On the morphology, teratology, and diclinism of the flowers of cannabis - Number 12
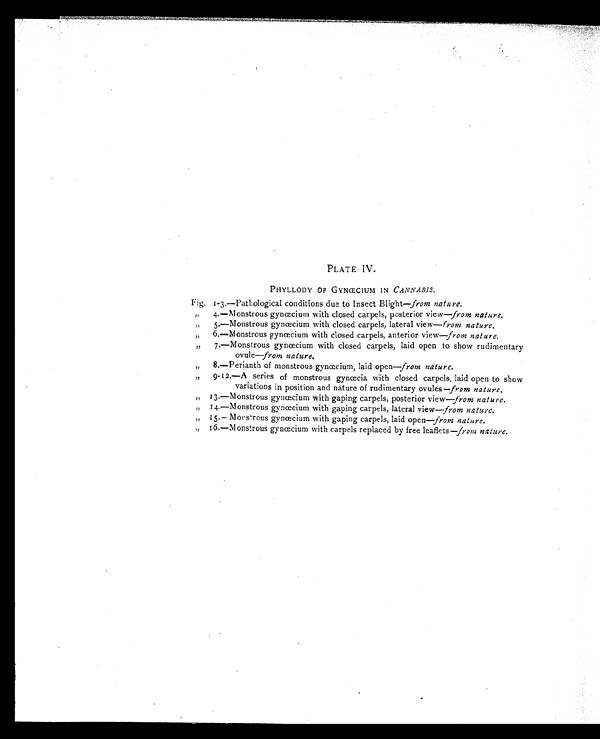
PLATE IV.
PHYLLODY OF GYNŒCIUM IN CANNABIS.
Fig. 1-3.—Pathological conditions due to Insect Blight— from nature.
„ 4.—Monstrous gynœcium with closed carpels, posterior view— from nature.
„ 5.—Monstrous gynœcium with closed carpels, lateral view— from nature.
„ 6.—Monstrous gynœcium with closed carpels, anterior view— from nature.
„ 7.—Monstrous gynœcium with closed carpels, laid open to show rudimentary
ovule—from nature.
„ 8.—Perianth of monstrous gynœcium, laid open—from nature.
„ 9-12.—A series of monstrous gynœcia with closed carpels, laid open to show
variations in position and nature of rudimentary ovules— from nature.
„ 13.—Monstrous gynœcium with gaping carpels, posterior view—from nature.
„ 14.—Monstrous gynœcium with gaping carpels, lateral view— from nature.
„ 15.—Monstrous gynœcium with gaping carpels, laid open— from nature.
„ 16.—Monstrous gynœcium with carpels replaced by free leaflets— from nature.